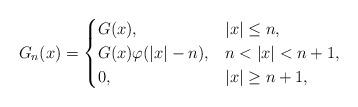
LaTeX: \begin{align*} G_n(x)= \begin{cases} G(x), &|x| \le n, \\ G(x) \varphi(|x|-n) , &n< |x| < n+1, \\ 0, &|x| \ge n+1, \end{cases}\end{align*}